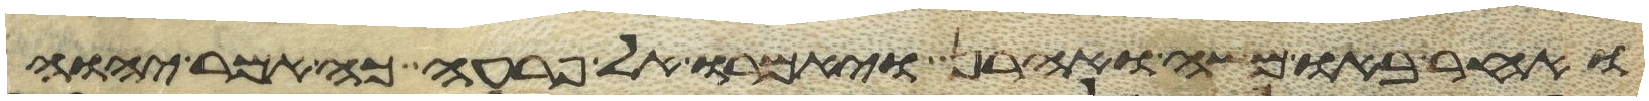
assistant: ואחר באו משה ואהרן ויאמרו אל פרעה כה אמר יהוה